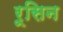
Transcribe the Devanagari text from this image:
रूसिन